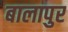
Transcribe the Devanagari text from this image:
बालापुर